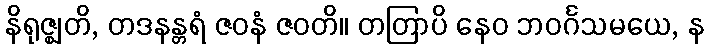
နိရုဇ္ဈတိ, တဒနန္တရံ ဇဝနံ ဇဝတိ။ တတြာပိ နေဝ ဘဝင်္ဂသမယေ, န